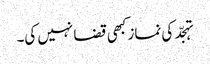
تہجّد کی نماز کبھی قضا نہیں کی۔